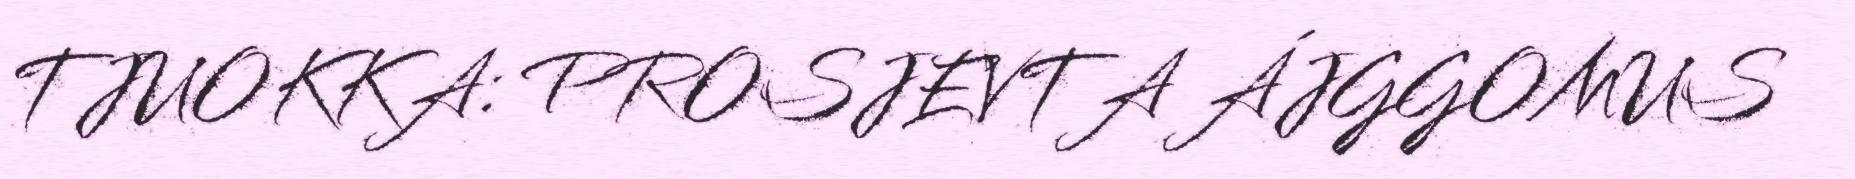
TJUOKKA: PROSJEVTA ÁJGGOMUS